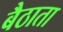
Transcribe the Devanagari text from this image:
बैठाता